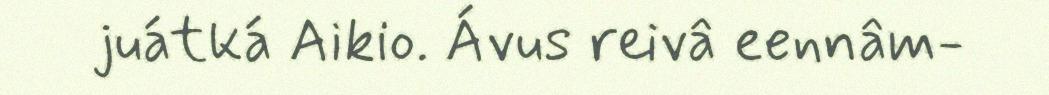
juátká Aikio. Ávus reivâ eennâm-